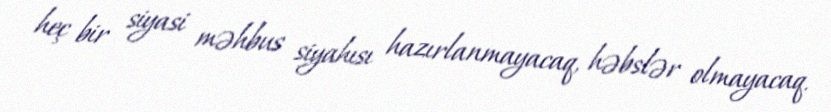
heç bir siyasi məhbus siyahısı hazırlanmayacaq, həbslər olmayacaq.